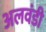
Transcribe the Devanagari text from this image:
अलवंडी